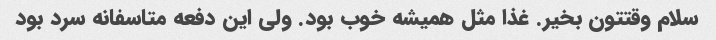
سلام وقتتون بخیر. غذا مثل همیشه خوب بود. ولی این دفعه متاسفانه سرد بود